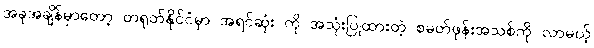
အခုအချိန်မှာတော့ တရုတ်နိုင်ငံမှာ အရင်ဆုံး ကို အသုံးပြုထားတဲ့ စမတ်ဖုန်းအသစ်ကို လာမယ့်